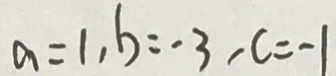
a = 1 , b = - 3 , c = - 1